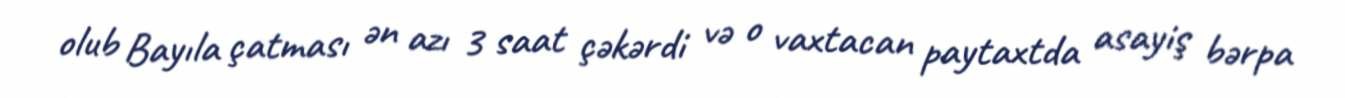
olub Bayıla çatması ən azı 3 saat çəkərdi və o vaxtacan paytaxtda asayiş bərpa